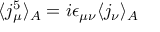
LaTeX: \langle j _ { \mu } ^ { 5 } \rangle _ { A } = i \epsilon _ { \mu \nu } \langle j _ { \nu } \rangle _ { A }